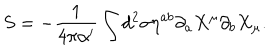
S = - \frac { 1 } { 4 \pi \alpha ^ { \prime } } \int d ^ { 2 } \sigma \eta ^ { a b } \partial _ { a } X ^ { \mu } \partial _ { b } X _ { \mu } .